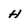
Character: H